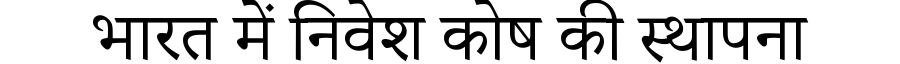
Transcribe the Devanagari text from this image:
भारत में निवेश कोष की स्थापना